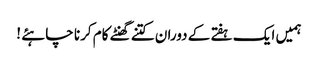
ہمیں ایک ہفتے کے دوران کتنے گھنٹے کام کرنا چاہئے !